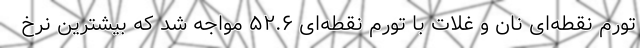
تورم نقطه‌ای نان و غلات با تورم نقطه‌ای ۵۲.۶ مواجه شد که بیشترین نرخ